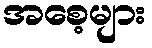
အစေ့များ